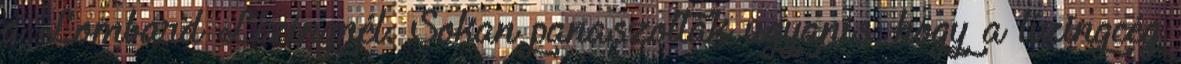
a Lombard Lízingnél. Sokan panaszolták ugyanis, hogy a lízingcég